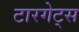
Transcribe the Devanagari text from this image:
टारगेट्स